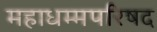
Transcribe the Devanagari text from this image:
महाधम्मपरिषद